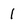
Character: 1